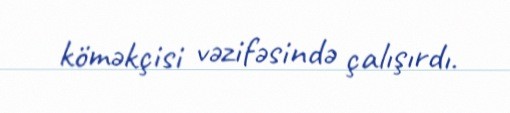
köməkçisi vəzifəsində çalışırdı.